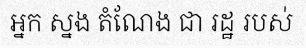
អ្នក ស្នង តំណែង ជា រដ្ឋ របស់